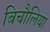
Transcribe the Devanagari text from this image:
बिचौलिया